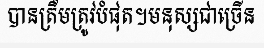
បានត្រឹមត្រូវបំផុត។មនុស្សជាច្រើន